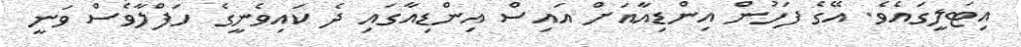
އިޓަލީގައެވެ. އޭގެ ފަހުން އިންޑިއާއަށް އައިސް އިންޑިއާގައި ދެ ކައިވެނީގެ ހަފްލާވެސް ވަނީ